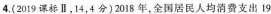
4. (2019课标Ⅱ，14，4分)2018年，全国居民人均消费支出19